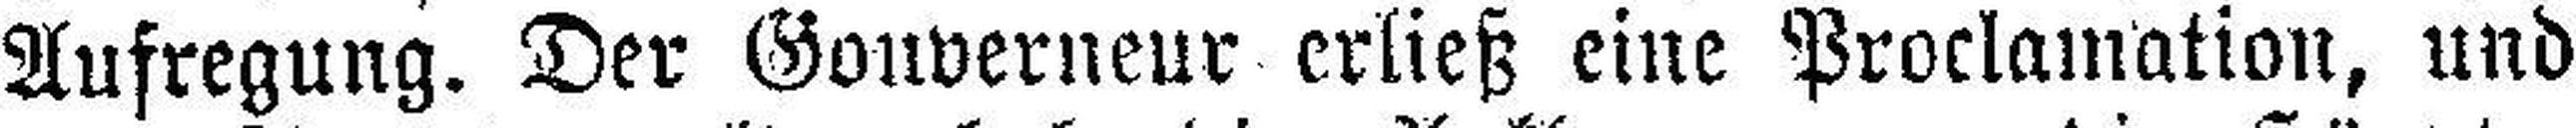
Aufregung. Der Gouverneur erließ eine Proclamation, und